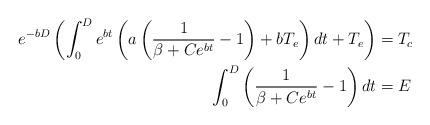
LaTeX: \begin{align*}e^{-bD} \left(\int_0^{D} e^{bt} \left(a\left(\frac{1}{\beta + Ce^{bt}} - 1\right) + bT_e\right) dt + T_e \right)&=T_c\\ \int_0^{D} \left(\frac{1}{\beta + Ce^{bt}} - 1\right)dt &= E\end{align*}